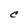
Character: C